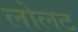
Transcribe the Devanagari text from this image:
लोलट